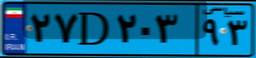
۶۹D۳۵۶۶۲